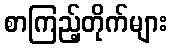
စာကြည့်တိုက်များ